Preliminary report on the development of the Leishman-Donovan body in the bed bug - Number 27
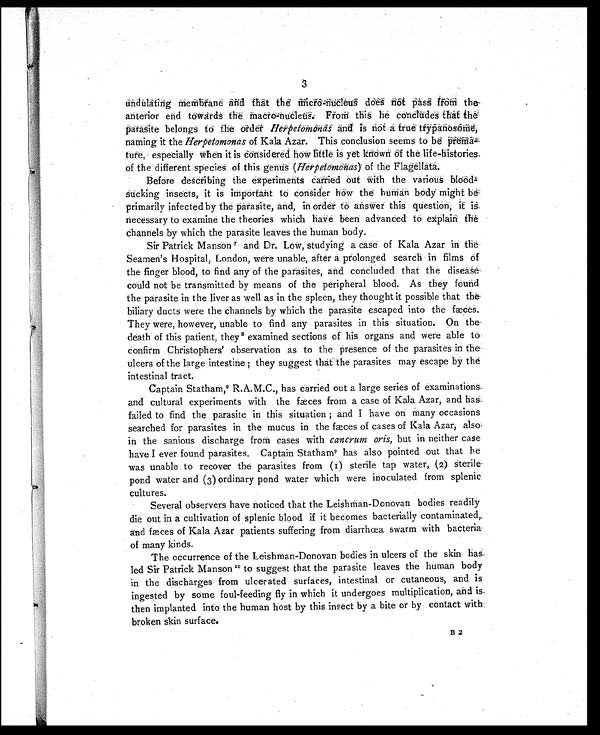
undulating membrane and that the does not pass from the
anterior end towards the macro-nucleus. From this he concludes That the
parasite belongs to the order Herpetomonas and is not a true trypanosome,
naming it the Herpetomonas of Kala Azar. This conclusion seems to be
p r e m - t u r e , e s p e c i a l l y W h e n i t i s C o n s i d e r e d h o w l i t t l e i s y e t k n o w n o f t h e l i f e - h i s t o r i e s
of the different species of this genus ( Herpetomonas) of the Flagellata.
Before describing the experiments carried out with the various blood-
sucking insects, it is important to consider how the human body might be
primarily infected by the parasite, and, in order to answer this question, it is
necessary to examine the theories which have been advanced to explain the
channels by which the parasite leaves the human body.
Sir Patrick Manson7 a n d D r . L o w , s t u d y i n g a c a s e o f K a l a A z a r i n t h e ;
Seamen's Hospital, London, were unable, after a prolonged search in films of
the finger blood, to find any of the parasites, and concluded that the disease
could not be transmitted by means of the peripheral blood. As they found
the parasite in the liver as well as in the spleen, they thought it possible that the
biliary ducts were the channels by which the parasite escaped into the fæces.
They were, however, unable to find any parasites in this situation. On the
death of this patient, they8 examined sections of his organs and were able to
confirm Christophers' observation as to the presence of the parasites in the
ulcers of the large intestine ; they suggest that the parasites may escape by the
intestinal tract.
Captain Statham,9 R.A.M.C., has carried out a large series of examinations.
and cultural experiments with the fæces from a case of Kala Azar, and has
failed to find the parasite in this situation ; and I have on many occasions
searched for parasites in the mucus in the fæces of cases of Kala Azar, also,
in the sanious discharge from cases with cancrum oris, but in neither case
have I ever found parasites. Captain Statham 9 has also pointed out that he
was unable to recover the parasites from (1) sterile tap water, (2) sterile-
pond water and (3) ordinary pond water which were inoculated from splenic
cultures.
Several observers have noticed that the Leishman-Donovan bodies readily
die out in a cultivation of splenic blood if it becomes bacterially contaminated,
and fæces of Kala Azar patients suffering from diarrhœa swarm with bacteria
of many kinds.
The occurrence of the Leishman-Donovan bodies in ulcers of the skin has
led Sir Patrick Manson 1 0
t o s u g g e s t t h a t t h e p a r a s i t e l e a v e s t h e h u m a n b o d y
in the discharges from ulcerated surfaces, intestinal or cutaneous, and is
ingested by some foul-feeding fly in which it undergoes multiplication, and is
then implanted into the human host by this insect by a bite or by contact with,
broken skin surface.
B 2